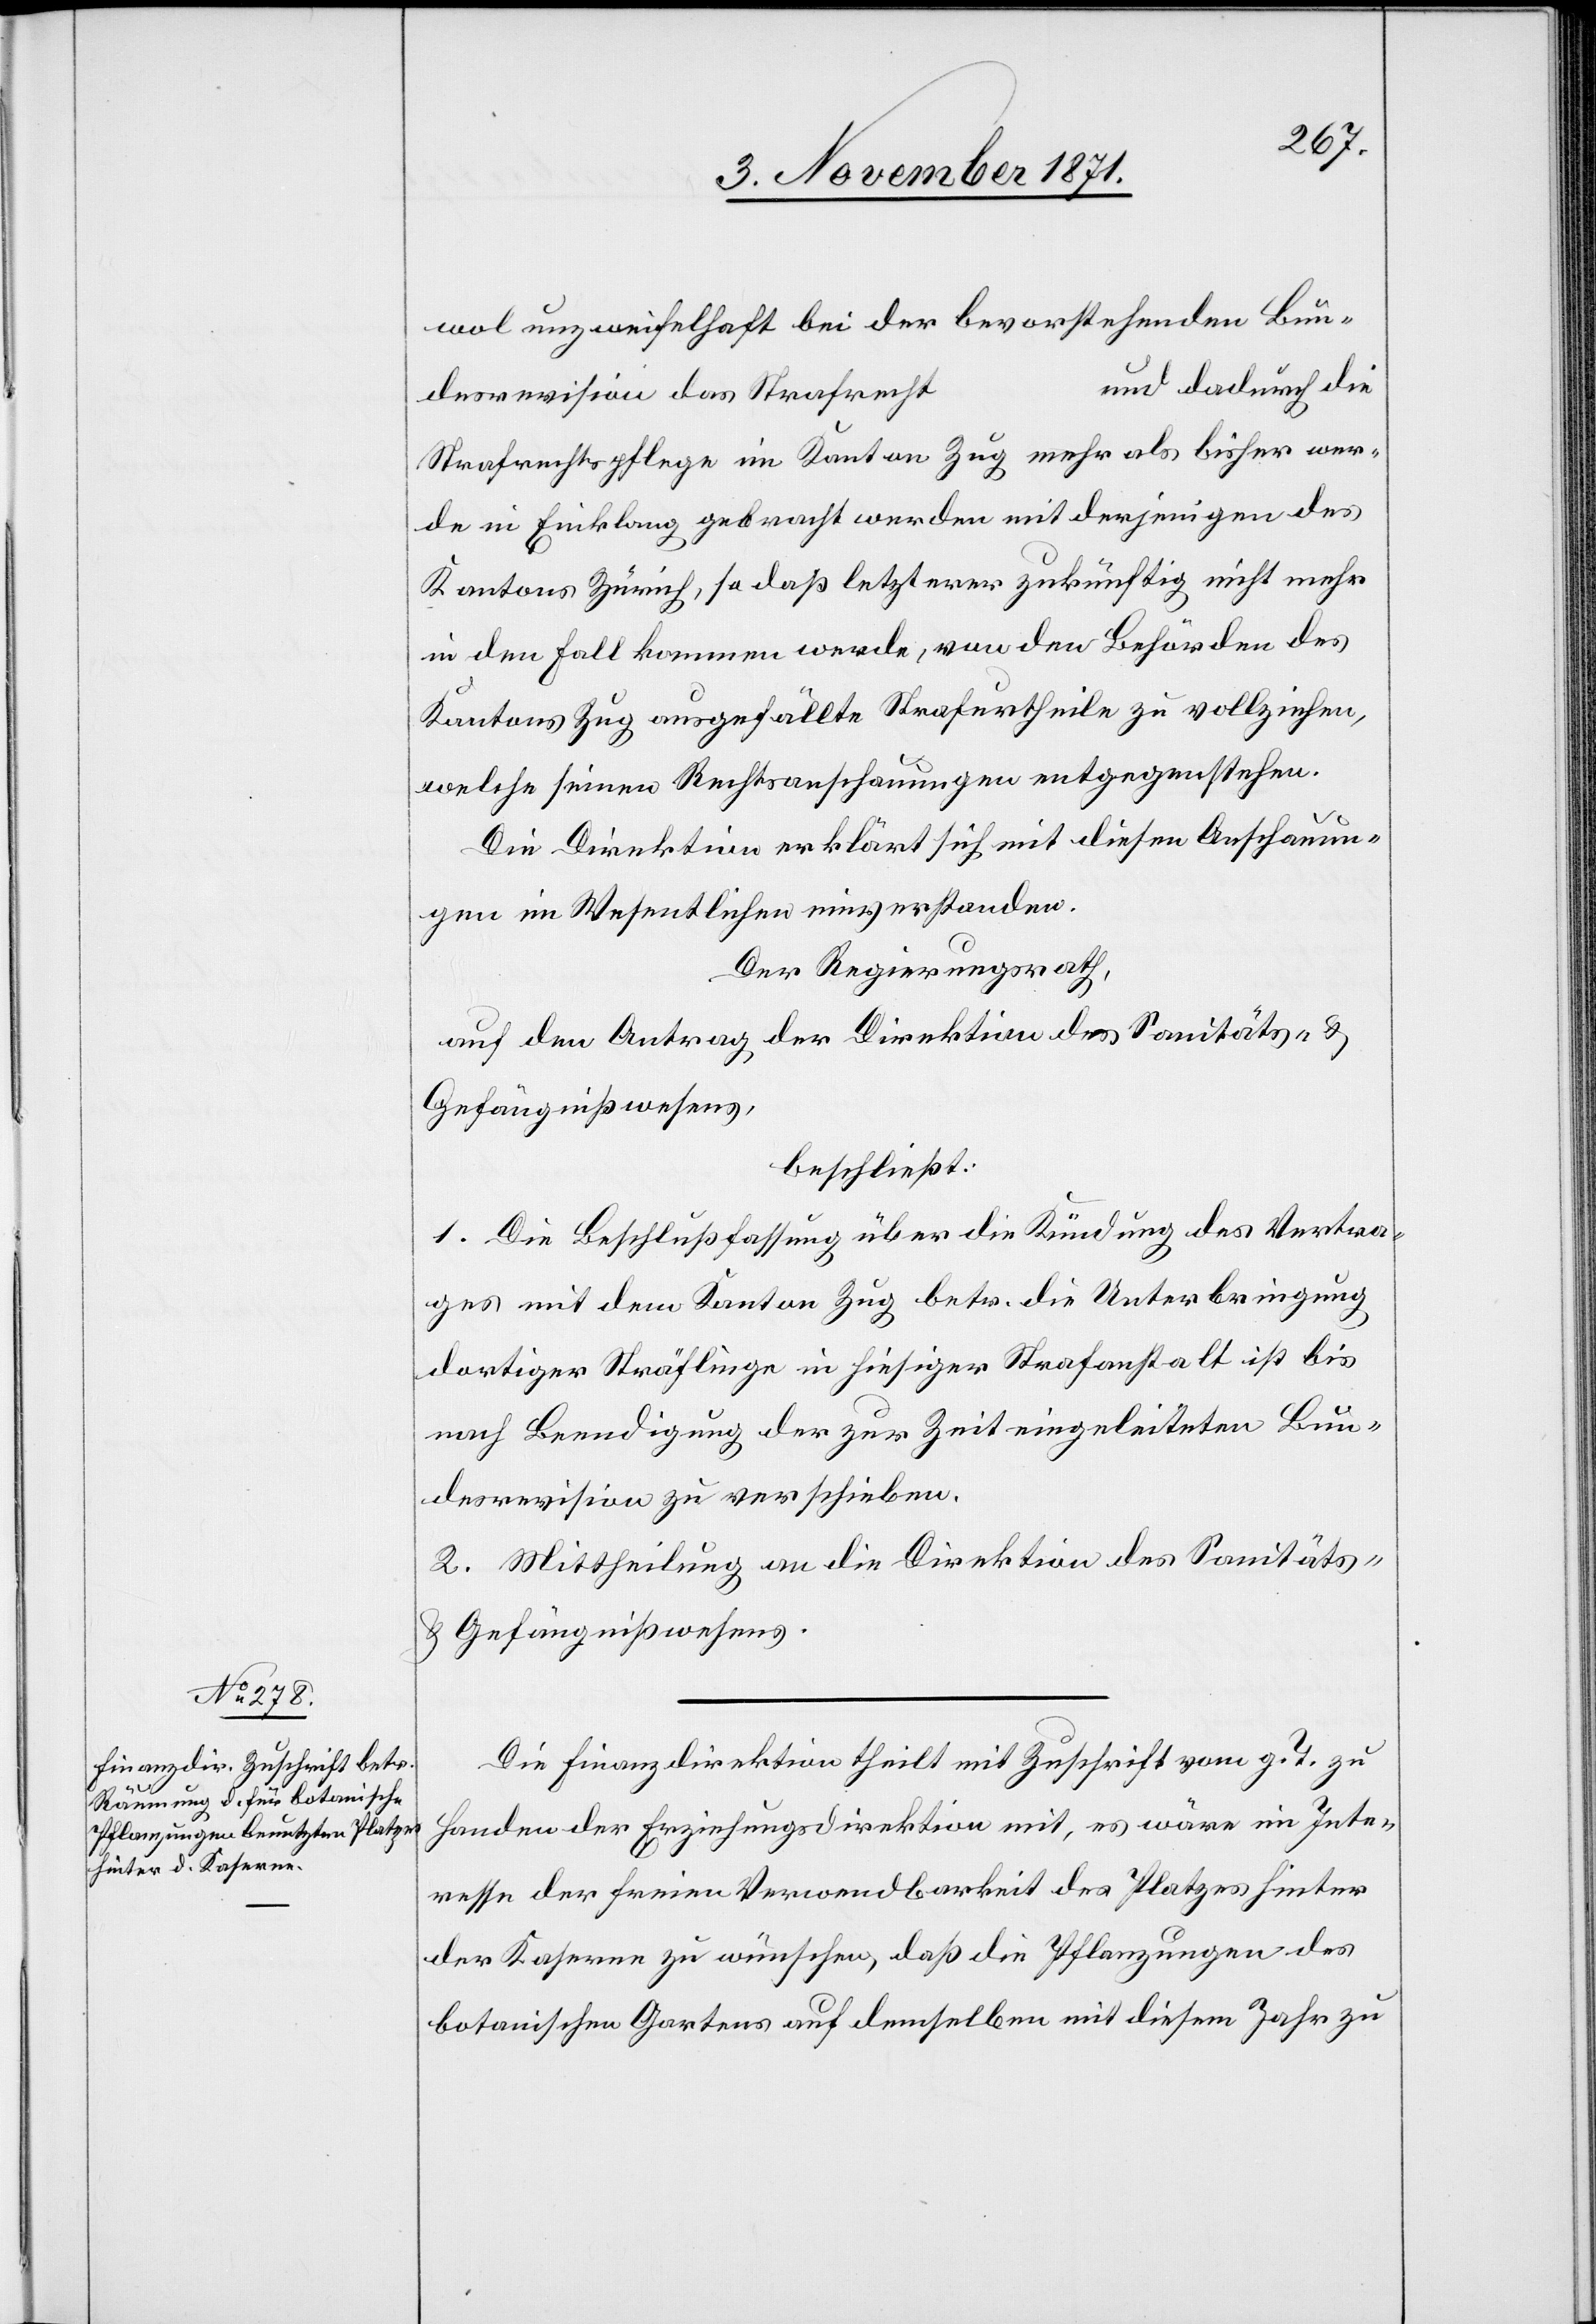
Die Finanzdirektion theilt mit Zuschrift vom g. T. zu
Handen der Erziehungsdirektion mit, es wäre im Inte¬
resse der freien Verwendbarkeit des Platzes hinter
der Kaserne zu wünschen, daß die Pflanzungen des
botanischen Gartens auf demselben mit diesem Jahr zu